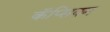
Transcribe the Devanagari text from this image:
कॅप्सिक्म